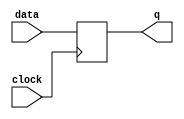
//*********************************************************
// IEEE STD 1364-2001 Verilog file: lib_ff.v 
// Author-EMAIL: Uwe.Meyer-Baese@ieee.org 
//*********************************************************
// N bit register
module lib_ff
  #(parameter lpm_width =8)
  (input clock,
   input [lpm_width-1:0] data,
   output reg [lpm_width-1:0] q);

  
always @(posedge clock)
    q <= data;
    
endmodule